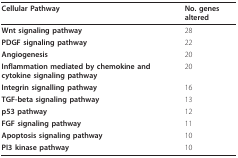
<table><thead><tr><td><b>Cellular Pathway</b></td><td><b>No. genes altered</b></td></tr></thead><tbody><tr><td><b>Wnt signaling pathway</b></td><td>28</td></tr><tr><td><b>PDGF signaling pathway</b></td><td>22</td></tr><tr><td><b>Angiogenesis</b></td><td>20</td></tr><tr><td><b>Inflammation mediated by chemokine and cytokine signaling pathway</b></td><td>20</td></tr><tr><td><b>Integrin signalling pathway</b></td><td>16</td></tr><tr><td><b>TGF-beta signaling pathway</b></td><td>13</td></tr><tr><td><b>p53 pathway</b></td><td>12</td></tr><tr><td><b>FGF signaling pathway</b></td><td>11</td></tr><tr><td><b>Apoptosis signaling pathway</b></td><td>10</td></tr><tr><td><b>PI3 kinase pathway</b></td><td>10</td></tr></tbody></table>